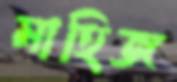
মাহিজ